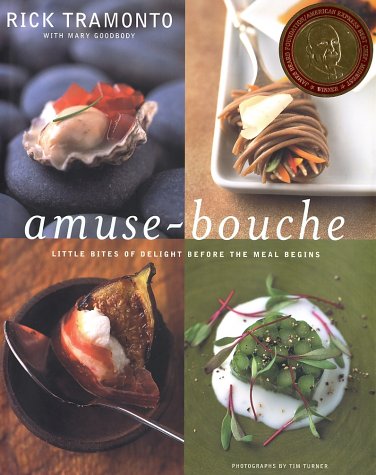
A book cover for Amuse-Bouche: Little Bites Of Delight Before the Meal Begins; Rick Tramonto; Cookbooks, Food & Wine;